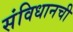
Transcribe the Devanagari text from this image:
संविधानची